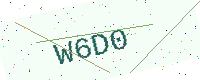
Text: W6D0